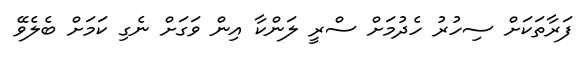
ފަރާތަކަށް ސިހުރު ހެދުމަށް ސްރީ ލަންކާ އިން ވަގަށް ނެގި ކަމަށް ބެލެވޭ